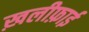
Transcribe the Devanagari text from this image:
ख़लीफ़ाई